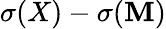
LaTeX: \sigma(X)-\sigma(\mathbf{M})